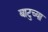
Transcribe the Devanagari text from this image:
बाटुच्या